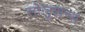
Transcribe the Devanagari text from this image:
सोलूशन्स